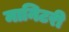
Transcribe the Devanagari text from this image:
मानिटरी